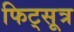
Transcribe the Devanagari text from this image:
फिट्सूत्र